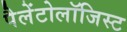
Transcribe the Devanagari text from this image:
पैलेंटोलॉजिस्ट